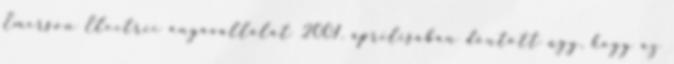
Emerson Electric anyavállalat 2001. áprilisában döntött úgy, hogy az